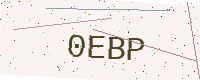
Text: 0EBP